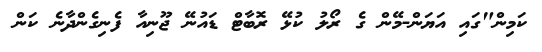
ކަމިން"ގައި އަޔަން-މޭން ގެ ރޯލު ކުޅޭ ރޮބާޓް ޑައުނޭ ޖޫނިއާ ފެނިގެންދާނެ ކަން